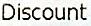
DISCOUNT